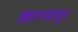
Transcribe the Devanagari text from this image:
आत्म्यातून